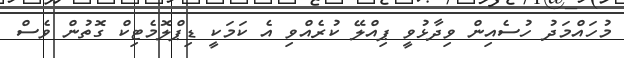
މުހައްމަދު ހުސެއިން ވިދާޅުވީ ޕިއްލޭ ކުރެއްވި އެ ކަމަކީ ޑިޕްލޮމެޓިކް ގޮތުން ވެސް